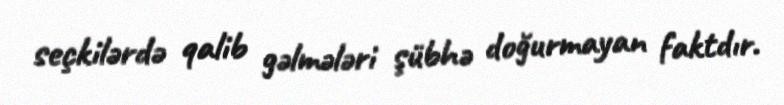
seçkilərdə qalib gəlmələri şübhə doğurmayan faktdır.